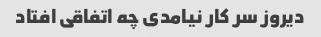
دیروز سر کار نیامدی چه اتفاقی افتاد